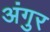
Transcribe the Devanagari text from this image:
अंगुर